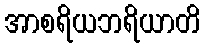
အာစရိယဘရိယာတိ